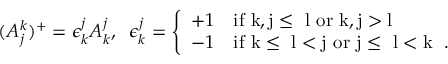
( A _ { j } ^ { k } ) ^ { + } = \epsilon _ { k } ^ { j } A _ { k } ^ { j } , \; \; \epsilon _ { k } ^ { j } = \left\{ \begin{array} { l l } { { + 1 } } & { { \mathrm { i f ~ k , j \leq ~ l ~ o r ~ k , j > l ~ } } } \\ { { - 1 } } & { { \mathrm { i f ~ k \leq ~ l < j ~ o r ~ j \leq ~ l < k ~ } \; . } } \end{array} \right.